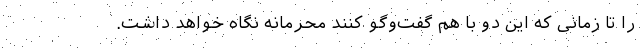
را تا زمانی که این دو با هم گفت‌وگو کنند محرمانه نگاه خواهد داشت.